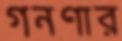
গনণার